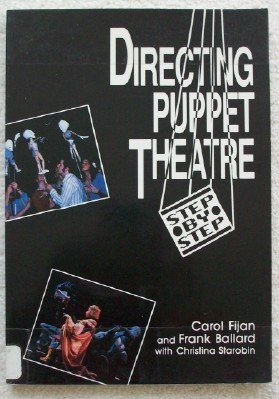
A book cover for Directing Puppet Theatre Step by Step; Carol Fijan; Crafts, Hobbies & Home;